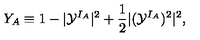
Y _ { A } \equiv 1 - | { \cal Y } ^ { I _ { A } } | ^ { 2 } + \frac 1 2 | ( { \cal Y } ^ { I _ { A } } ) ^ { 2 } | ^ { 2 } ,